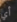
أي